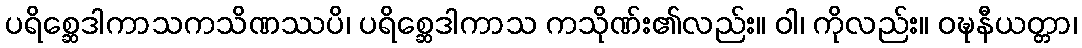
ပရိစ္ဆေဒါကာသကသိဏဿပိ၊ ပရိစ္ဆေဒါကာသ ကသိုဏ်း၏လည်း။ ဝါ၊ ကိုလည်း။ ဝဍ္ဎနီယတ္တာ၊